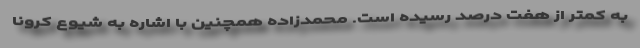
به کمتر از هفت درصد رسیده است. محمدزاده همچنین با اشاره به شیوع کرونا